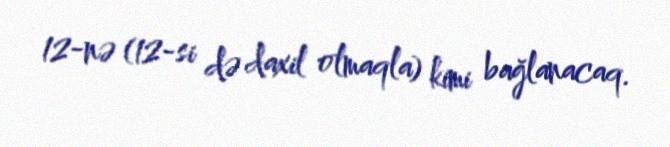
12-nə (12-si də daxil olmaqla) kimi bağlanacaq.